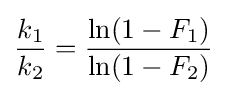
{k_{1} \over k_{2}}={\frac {\ln(1-F_{1})}{\ln(1-F_{2})}}